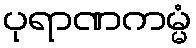
ပုရာဏကမ္မံ